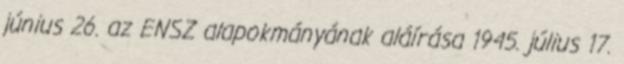
június 26. az ENSZ alapokmányának aláírása 1945. július 17.